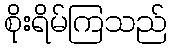
စိုးရိမ်ကြသည်